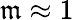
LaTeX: \mathfrak{m}\approx1